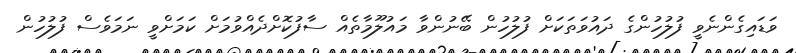
ވަޑައިގެންނެވީ ފުލުހުންގެ ދައުވަތަކަށް ފުލުހުން ބޭނުންވާ މައުލޫމާތެއް ސާފުކޮށްދެއްވުމަށް ކަމަށްވީ ނަމަވެސް ފުލުހުން